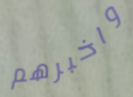
واخبرهم